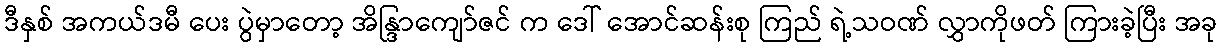
ဒီနှစ် အကယ်ဒမီ ပေး ပွဲမှာတော့ အိန္ဒြာကျော်ဇင် က ဒေါ် အောင်ဆန်းစု ကြည် ရဲ့သဝဏ် လွှာကိုဖတ် ကြားခဲ့ပြီး အခု